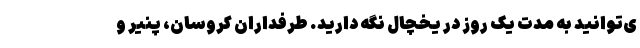
ی‌توانید به مدت یک روز در یخچال نگه دارید. طرفداران کروسان، پنیر و